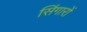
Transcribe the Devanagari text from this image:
सिंगारों